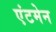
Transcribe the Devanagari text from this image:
एंटमेन